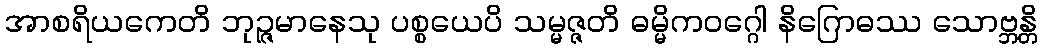
အာစရိယကေတိ ဘုဉ္ဇမာနေသု ပစ္စယေပိ သမ္မဇ္ဇတိ ဓမ္မိကဝဂ္ဂေါ နိဂြောဓဿ သောဗ္ဘန္တိ